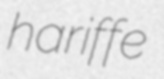
hariffe